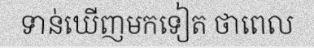
ទាន់ឃើញមកទៀត ថាពេល